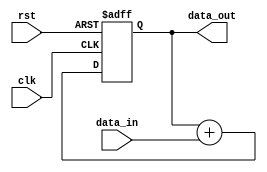
module pipeline_accumulator(
    input wire clk,
    input wire rst,
    input wire [31:0] data_in,
    output wire [31:0] data_out
);

reg [31:0] accumulator;

always @(posedge clk or posedge rst) begin
    if (rst) begin
        accumulator <= 0;
    end else begin
        accumulator <= accumulator + data_in;
    end
end

assign data_out = accumulator;

endmodule